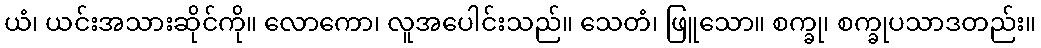
ယံ၊ ယင်းအသားဆိုင်ကို။ လောကော၊ လူအပေါင်းသည်။ သေတံ၊ ဖြူသော။ စက္ခု၊ စက္ခုပသာဒတည်း။